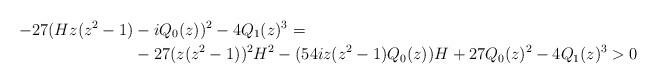
LaTeX: \begin{align*} -27 (H z(z^2-1)& -i Q_0(z))^2 - 4 Q_1(z)^3 = \\&-27 (z(z^2-1))^2 H^2 -(54i z(z^2-1)Q_0(z)) H +27Q_0(z)^2 -4Q_1(z)^3 >0 \end{align*}